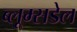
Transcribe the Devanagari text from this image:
ब्लूम्सडेल